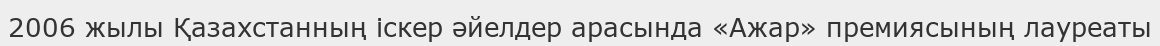
2006 жылы Қазахстанның іскер әйелдер арасында «Ажар» премиясының лауреаты